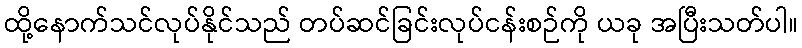
ထို့နောက်သင်လုပ်နိုင်သည် တပ်ဆင်ခြင်းလုပ်ငန်းစဉ်ကို ယခု အပြီးသတ်ပါ။